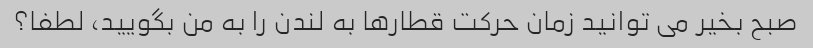
صبح بخیر می توانید زمان حرکت قطارها به لندن را به من بگویید، لطفا؟